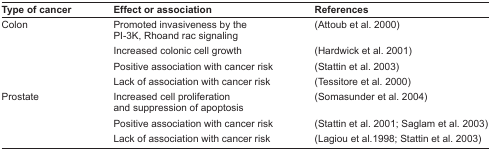
| Type of cancer | Effect or association | References |
 | --- | --- | --- |
 | Colon | Promoted invasiveness by the PI-3K, Rhoand rac signaling | (Attoub et al. 2000) |
 |  | Increased colonic cell growth | (Hardwick et al. 2001) |
 |  | Positive association with cancer risk | (Stattin et al. 2003) |
 |  | Lack of association with cancer risk | (Tessitore et al. 2000) |
 | Prostate | Increased cell proliferation and suppression of apoptosis | (Somasunder et al. 2004) |
 |  | Positive association with cancer risk | (Stattin et al. 2001; Saglam et al. 2003) |
 |  | Lack of association with cancer risk | (Lagiou et al. 1998; Stattin et al. 2003) |